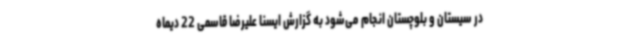
در سیستان و بلوچستان انجام می‌شود به گزارش ایسنا علیرضا قاسمی 22 دیماه